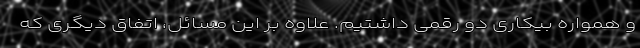
و همواره بیکاری دو رقمی داشتیم. علاوه بر این مسائل، اتفاق دیگری که